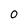
Character: 0